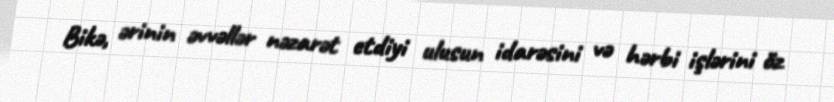
Bikə, ərinin əvvəllər nəzarət etdiyi ulusun idarəsini və hərbi işlərini öz